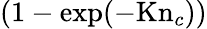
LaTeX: (1-\exp(-\mathrm{Kn}_{c}))